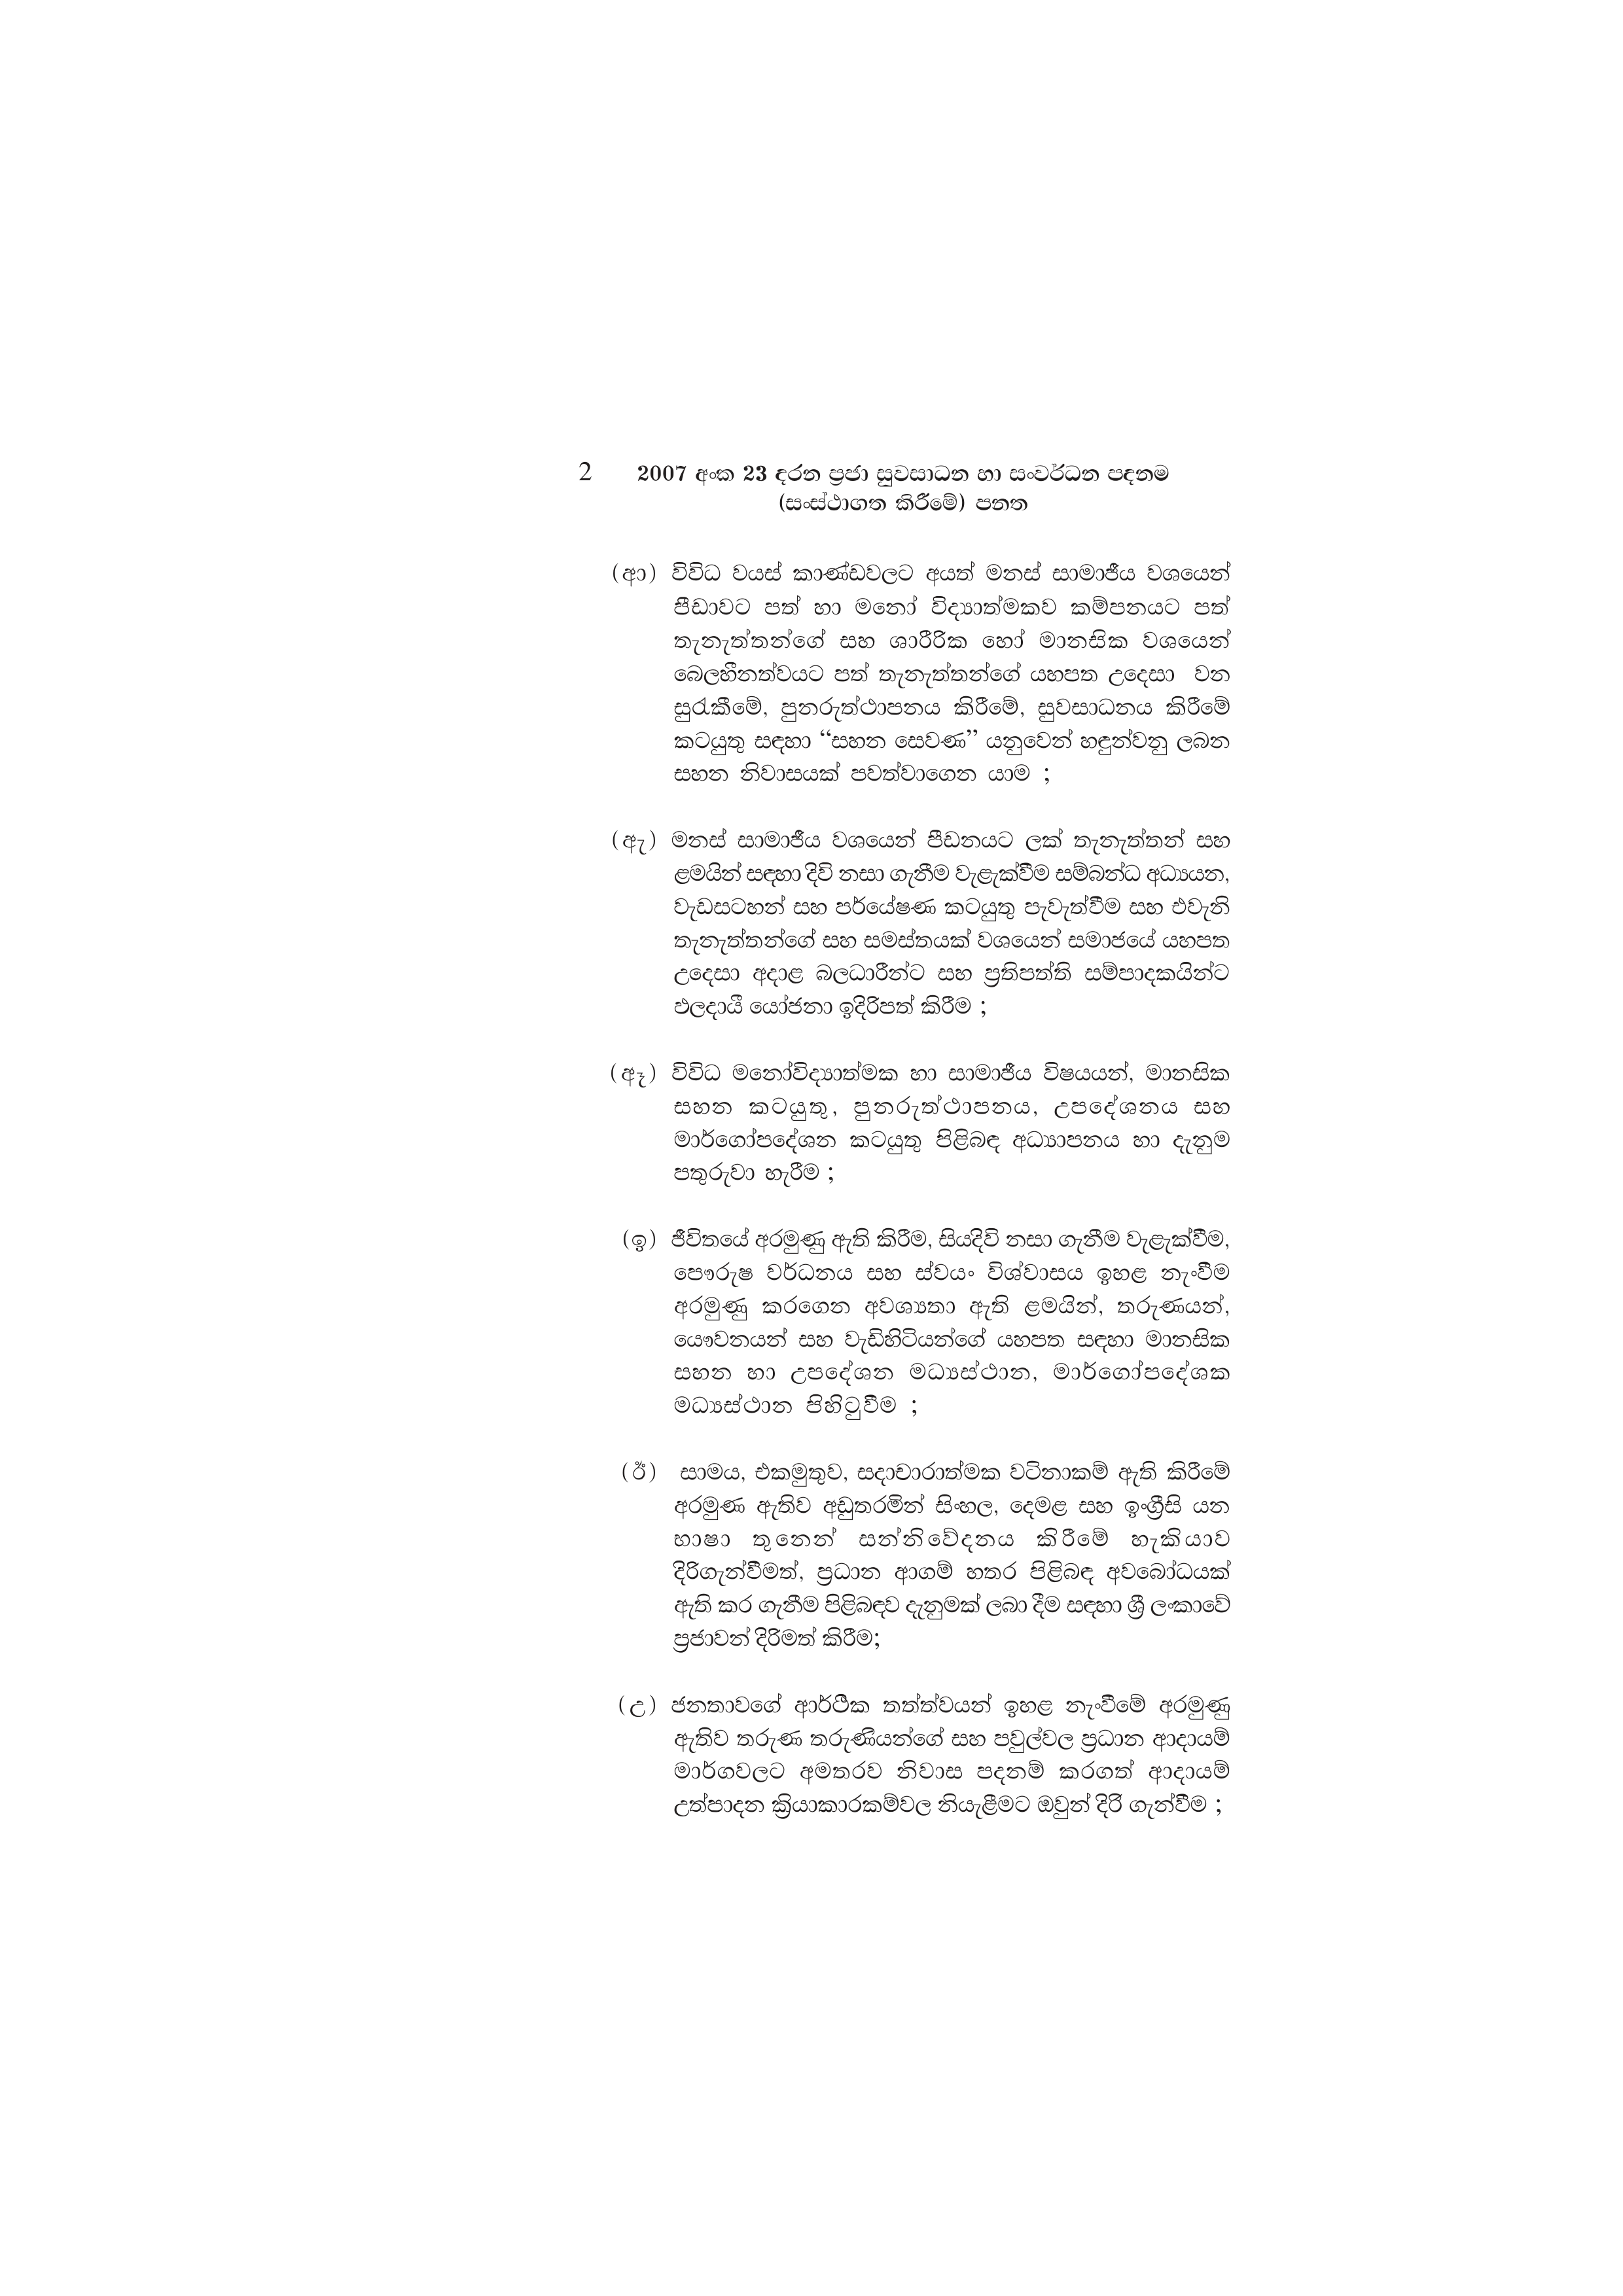
2 2007 අංක 23 දරන ප්‍රජා සුවසාධන හා සංවර්ධන පදනම
(සංස්ථාගත කිරීමේ) පනත

(ආ) විවිධ වයස් කාණ්ඩවලට අයත් මනස් සාමාජීය වශයෙන්
පීඩාවට පත් හා මනෝ විද්‍යාත්මකව කම්පනයට පත්
තැනැත්තන්ගේ සහ ශාරීරික හෝ මානසික වශයෙන්
බෙලහීනත්වයට පත් තැනැත්තන්ගේ යහපත උදෙසා වන
සුරැකීමේ, පුනරුත්ථාපනය කිරීමේ, සුවසාධනය කිරීමේ
කටයුතු සඳහා “සහන සෙවණ” යනුවෙන් හඳුන්වනු ලබන
සහන නිවාසයක් පවත්වාගෙන යාම ;

(ඇ) මනස් සාමාජීය වශයෙන් පීඩනයට ලක් තැනැත්තන් සහ
ළමයින් සඳහා දිවි නසා ගැනීම වැළැක්වීම සම්බන්ධ අධ්‍යයන,
වැඩසටහන් සහ පර්යේෂණ කටයුතු පැවැත්වීම සහ එවැනි
තැනැත්තන්ගේ සහ සමස්තයක් වශයෙන් සමාජයේ යහපත
උදෙසා අදාළ බලධාරීන්ට සහ ප්‍රතිපත්ති සම්පාදකයින්ට
ඵලදායී යෝජනා ඉදිරිපත් කිරීම ;

(ඈ) විවිධ මනෝවිද්‍යාත්මක හා සාමාජීය විෂයයන්, මානසික
සහන කටයුතු, පුනරුත්ථාපනය, උපදේශනය සහ
මාර්ගෝපදේශන කටයුතු පිළිබඳ අධ්‍යාපනය හා දැනුම
පතුරුවා හැරීම ;

(ඉ) ජීවිතයේ අරමුණු ඇති කිරීම, සියදිවි නසා ගැනීම වැළැක්වීම,
පෞරුෂ වර්ධනය සහ ස්වයං විශ්වාසය ඉහළ නැංවීම
අරමුණු කරගෙන අවශ්‍යතා ඇති ළමයින්, තරුණයන්,
යෞවනයන් සහ වැඩිහිටියන්ගේ යහපත සඳහා මානසික
සහන හා උපදේශන මධ්‍යස්ථාන, මාර්ගෝපදේශක
මධ්‍යස්ථාන පිහිටුවීම ;

(ඊ) සාමය, එකමුතුව, සදාචාරාත්මක වටිනාකම් ඇති කිරීමේ
අරමුණ ඇතිව අඩුතරමින් සිංහල, දෙමළ සහ ඉංග්‍රීසි යන
භාෂා තුනෙන් සන්නිවේදනය කිරීමේ හැකියාව
දිරිගැන්වීමත්, ප්‍රධාන ආගම් හතර පිළිබඳ අවබෝධයක්
ඇති කර ගැනීම පිළිබඳව දැනුමක් ලබා දීම සඳහා ශ්‍රී ලංකාවේ
ප්‍රජාවන් දිරිමත් කිරීම;

(උ) ජනතාවගේ ආර්ථික තත්ත්වයන් ඉහළ නැංවීමේ අරමුණු
ඇතිව තරුණ තරුණියන්ගේ සහ පවුල්වල ප්‍රධාන ආදායම්
මාර්ගවලට අමතරව නිවාස පදනම් කරගත් ආදායම්
උත්පාදන ක්‍රියාකාරකම්වල නියැළීමට ඔවුන් දිරි ගැන්වීම ;